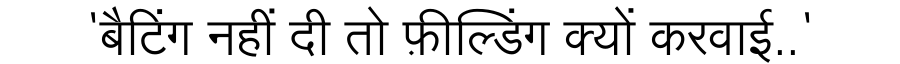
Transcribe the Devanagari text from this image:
'बैटिंग नहीं दी तो फ़ील्डिंग क्यों करवाई..'